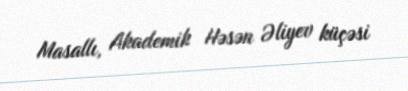
Masallı, Akademik Həsən Əliyev küçəsi